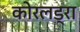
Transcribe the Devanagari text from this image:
कोरलड्रा